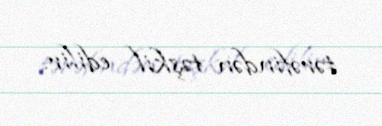
tərəfindən təşkil edilir.